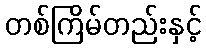
တစ်ကြိမ်တည်းနှင့်